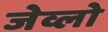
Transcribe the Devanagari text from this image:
जेव्लो